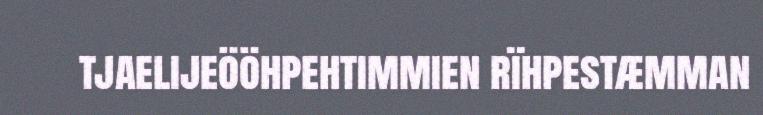
tjaelijeööhpehtimmien rïhpestæmman